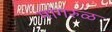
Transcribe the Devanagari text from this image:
मांगरुळ